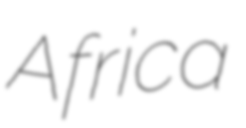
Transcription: Africa